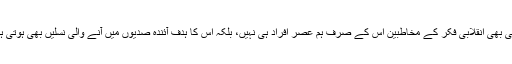
کسی بھی اِنقلابی فکر کے مخاطبین اس کے صرف ہم عصر اَفراد ہی نہیں، بلکہ اس کا ہدف آئندہ صدیوں میں آنے والی نسلیں بھی ہوتی ہیں۔